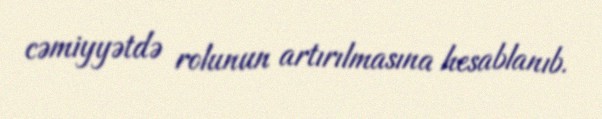
cəmiyyətdə rolunun artırılmasına hesablanıb.